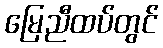
မြေညီထပ်တွင်